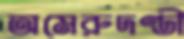
অমেরুদণ্ডী